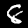
Label: 8